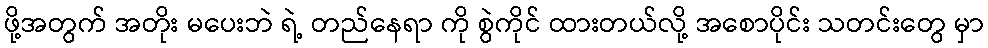
ဖို့အတွက် အတိုး မပေးဘဲ ရဲ့ တည်နေရာ ကို စွဲကိုင် ထားတယ်လို့ အစောပိုင်း သတင်းတွေ မှာ